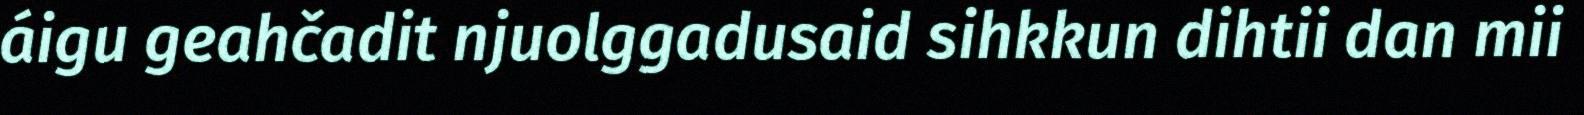
áigu geahčadit njuolggadusaid sihkkun dihtii dan mii